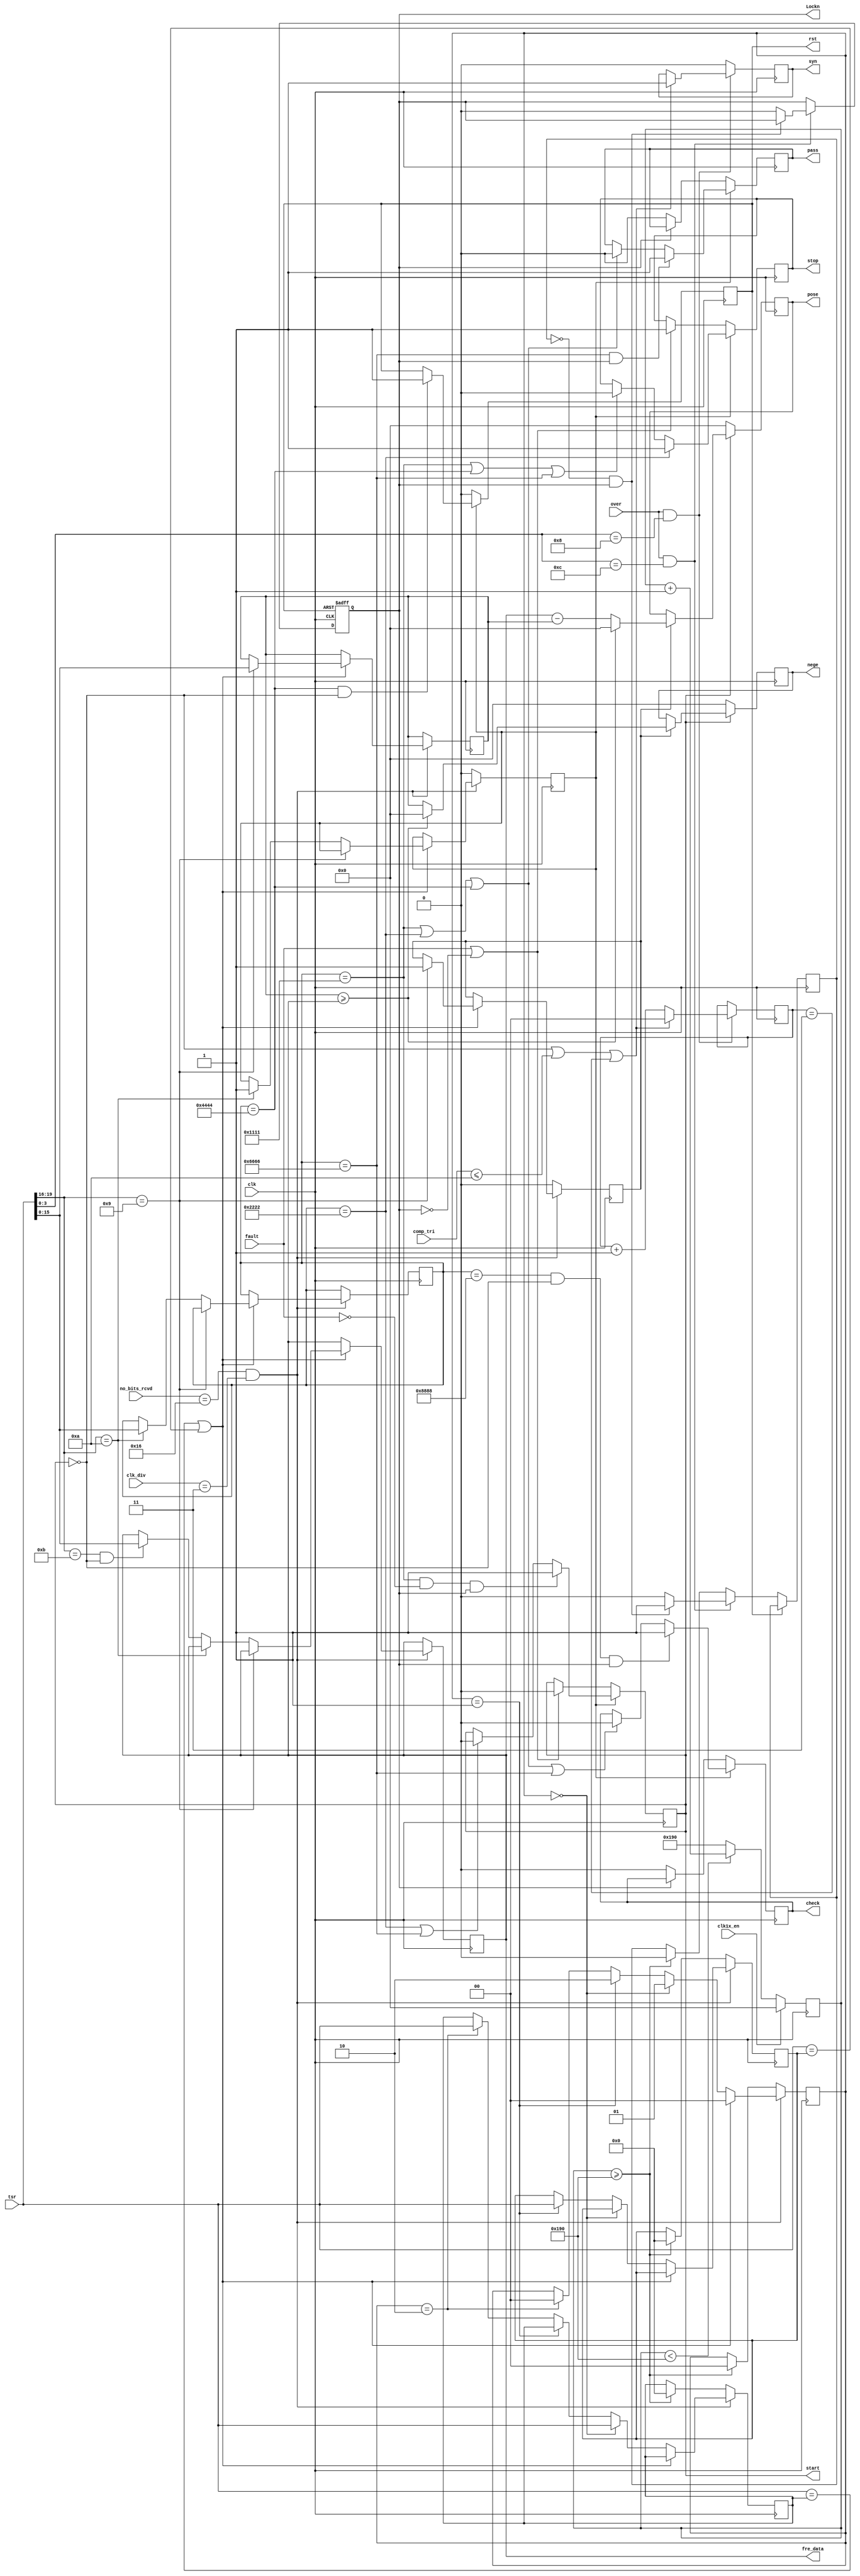
/*====================================================================
rec.v

2009-08-12  1.0

====================================================================*/
module down_deal(clk, comp_tri, over, tsr, clk_div, no_bits_rcvd, clk1x_en, fault,
			start, stop, rst, check, pass,
			syn, Lockn, fre_data, pose, nege);
			
	input	clk;
	input	[15:0]comp_tri;
	input	over;
	input	[19:0]tsr;
	input	[1:0]clk_div;
	input	[4:0]no_bits_rcvd;
	input	clk1x_en;
	input	fault;
	
	output	start, stop, rst, check, pass;
	output	syn;
	output	Lockn;
	output	[15:0]fre_data;
	output	[15:0]pose, nege;
	
	reg		start, stop, rst, check, pass;
	reg		syn;
	reg		Lockn;
	reg		[15:0]fre_data;
	reg		[15:0]pose, nege;
	
	reg		lock_delay;
	reg		[1:0]syn_error;
	reg		[15:0]ref_data, cmd_data;
	reg		ref_over, cmd_over;
	reg		[19:0]rsr1, rsr2;
	reg		[1:0]cs;
	reg		[15:0]cnt;
	
	initial
	begin
	start = 1'b0;
	stop = 1'b0;
	rst = 1'b0;
	check = 1'b0;
    syn = 1'b0;
    Lockn = 1'b1;
    fre_data = 16'd40000;
    pose = 16'b0;
    nege = 16'b0;
    
    lock_delay = 1'b0;
    syn_error = 2'b0;
    ref_data = 16'b0;
    cmd_data = 16'b0;
    ref_over = 1'b0;
    cmd_over = 1'b0;
    rsr1 = 20'b0;
    rsr2 = 20'b0;
    cnt = 16'b0;
    end
    
/*----------------------------------------*/
    always@(posedge clk or posedge rst)
    begin
    if(rst)
        Lockn <= 1'b1;
    else if(over && tsr[3:0] == 4'b1100)
        begin
        if(!lock_delay && Lockn)
            lock_delay <= 1'b1;
        else
            begin
            Lockn <= 1'b0;
            lock_delay <= 1'b0;
            end
        end
    else if(cnt >= 16'd400)
        lock_delay <= 1'b0;
    end

/*------------------------------------------------------*/
    always@(posedge clk)
    begin
    if(over && tsr[3:0] == 4'b1000)
        begin
        if(!start || comp_tri <= 16'd10 || syn_error == 2'b11)
            begin
            syn_error <= 2'b0;
            syn <= 1'b1;
            end
        else
            syn_error <= syn_error + 1'b1;
        end
    else
        syn <= 1'b0;
    end

/*--------------32---------------*/
    always@(posedge clk)
    begin
    if(no_bits_rcvd == 5'd22 && clk_div == 2'b11)
        begin
        if(tsr == rsr1 || tsr == rsr2)
            begin
            cs <= 2'b0;
            if(tsr[19:16] == 4'b1001)
                begin
                ref_data <= tsr[15:0];
                ref_over <= 1'b1;
                end
            else if(tsr[19:16] == 4'b1010)
                begin
                cmd_data <= tsr[15:0];
                cmd_over <= 1'b1;
                end
            else if(tsr[19:16] == 4'b1011 && !start)
                begin
                fre_data <= tsr[15:0];
                end
            end
		else 
            begin
            if(cs == 2'b0)
                begin
                cs <= 2'b01;
                rsr1 <= tsr;
                end
            else if(cs == 2'b01)
                begin
                cs <= 2'b10;
                rsr2 <= tsr;
                end
            else if(cs == 2'b10)
                begin
                cs <= 2'b0;
                rsr1 <= tsr;
                end
            end
        end
    else
        begin
        ref_over <= 1'b0;
        cmd_over <= 1'b0;
        if(cnt >= 16'd400)
            begin
            cs <= 2'b0;
            rsr1 <= 20'b0;
            rsr2 <= 20'b0;
            end
        end
    end
    
    always@(posedge clk)
    begin
    if(clk1x_en)
        cnt <= 16'd0;
    else
        begin
        if(cnt < 16'd400)
            cnt <= cnt + 1'b1;
        else
            cnt <= 16'd400;
        end
    end
    
/*---------------------------------------------------------*/
	always@(posedge clk)
	begin
	if(!start)
		begin
		pose <= 16'b0;
		nege <= 16'b0;
		end
	else if(ref_over)
		begin
		if(ref_data >= fre_data)
			begin
			pose <= 16'b0;
			nege <= 16'b0;
			end
		else
			begin
			pose <= fre_data - ref_data;
			nege <= ref_data;
			end
		end
	end
    
/*---------------------------------------------------------*/
    always@(posedge clk)
    begin
    if(cmd_over)
        begin
        if(cmd_data == 16'h1111 && !fault && Lockn)
            start <= 1'b1;
        else if(cmd_data == 16'h2222 || cmd_data == 16'h6666)
            start <= 1'b0;
        end
    else if(fault || !Lockn)
        start <= 1'b0;
    end
    
    always@(posedge clk)
    begin
    if(cmd_over)
        begin
        if(cmd_data == 16'h2222)
            stop <= 1'b1;
        else if(cmd_data == 16'h1111 || cmd_data == 16'h4444 || cmd_data == 16'h6666)
            stop <= 1'b0;
        end
    else if(fault || !Lockn)
        stop <= 1'b1;
    end
    
    always@(posedge clk)
    begin
    if(cmd_over)
        begin
        if(cmd_data == 16'h4444 && !start)
            rst <= 1'b1;
        end
    else
        rst <= 1'b0;
    end
    
    always@(posedge clk)
    begin
    if(cmd_over)
        begin
        if(cmd_data == 16'h8888 && !start && Lockn)
            check <= 1'b1;
        else if(cmd_data == 16'h1111 || cmd_data == 16'h2222 ||
				cmd_data == 16'h4444 || cmd_data == 16'h6666)
			check <= 1'b0;
        end
    else if(!Lockn)
        check <= 1'b0;
    end
    
    always@(posedge clk)
    begin
    if(cmd_over)
        begin
        if(cmd_data == 16'h6666 && Lockn)
            pass <= 1'b1;
        else if(cmd_data == 16'h1111 || cmd_data == 16'h2222 || cmd_data == 16'h4444)
			pass <= 1'b0;
        end
    else if(!Lockn)
        pass <= 1'b0;
    end
    
endmodule